Report on vaccination in Madras 1895-1903 - 1895-1903
Year: 1895
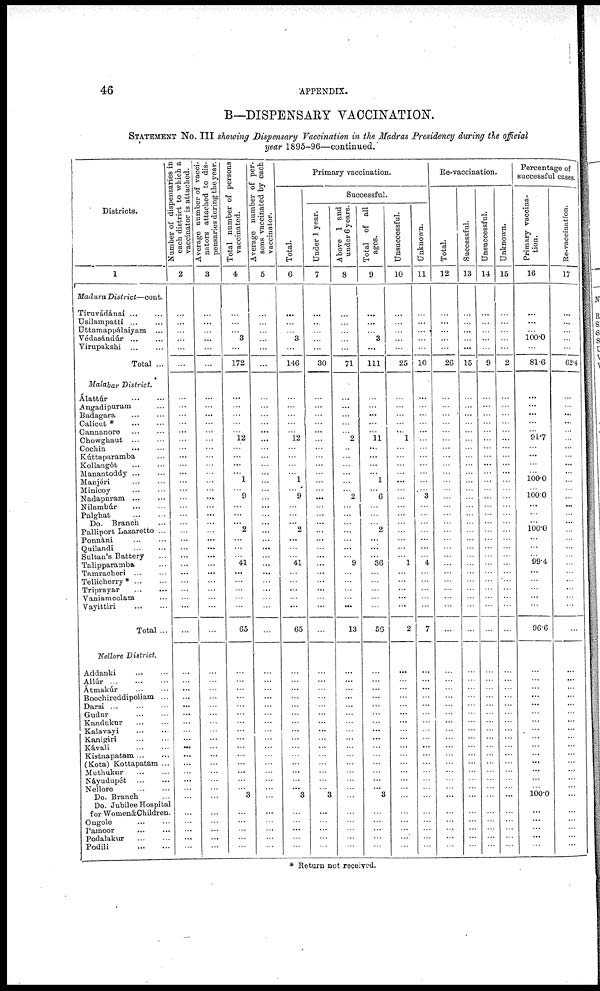
46
APPENDIX.
B—DISPENSARY VACCINATION.
STATEMENT No. III showing Dispensary Vaccination in the Madras Presidency during the official
year 1895-96—continued.
Districts.
1
Madura District—cont.
Tiruvádánai ... ...
Usilampatti ... ...
Uttamappálaiyam ...
Védasándúr ... ...
Virupakshi
...
...
Total ...
Malabar District.
Álattúr
...
...
Angadipuram ...
Badagara
...
...
Calicut *
...
...
Cannanore ... ...
Chowghaut
...
...
Cochin
...
...
Kúttaparamba ...
Kollangót
...
...
Manantoddy ...
Manjéri
...
...
Minicoy ... ...
Nadapuram ... ...
Nilambúr
...
...
Palghat
...
...
Do. Branch ...
Palliport Lazaretto ...
Ponnáni ... ...
Quilandi
...
...
Sultan's Battery ...
Talipparamba ...
Tamracheri
...
...
Tellicherry* ... ...
Triprayar
...
...
Vaniamcolam ...
Vayittiri
...
...
Total ...
Nellore District.
Addanki
...
...
Allúr
...
...
...
Átmakúr
...
...
Boochireddipoliam ...
Darsi ... ... ...
Gudur
...
...
Kandukur
...
...
Kalavayi
...
...
Kanigiri
...
...
Kávali
...
...
Kistnapatam ... ...
(Kota) Kottapatam ...
Muthukur
...
...
Náyudupét
...
...
Nellore ... ...
Do. Branch ...
Do. Jubilee Hospital
for Women&Children.
Ongole ... ...
Pamoor
...
...
Podalakur
...
...
Podili
...
...
Number of dispensaries in
each district to which a
vaccinator is attached.
2
...
...
...
...
...
...
...
...
...
...
...
...
...
...
...
...
...
...
...
...
...
... ...
...
...
...
...
...
...
...
...
...
...
...
...
...
...
...
...
...
...
...
...
...
...
...
...
...
...
...
...
...
...
...
Average number of vacci-
nators attached to dis-
pensaries during the year.
3
...
...
...
...
...
...
...
...
...
...
...
...
...
...
...
...
...
...
...
...
...
...
...
...
...
...
...
...
...
...
...
...
...
...
...
...
...
...
...
...
...
...
...
...
...
...
...
...
...
...
...
...
...
...
Total number of persons
vaccinated.
4
...
...
...
3
...
172
...
...
...
...
... 12
...
...
...
...
1
... 9
...
...
... 2
...
...
... 41
...
...
...
...
...
65
...
...
...
...
...
...
...
...
...
...
...
...
...
...
... 3
...
...
...
...
...
Average number of per-
sons vaccinated by each
vaccinator.
5
...
...
...
...
...
...
...
...
...
...
...
...
...
...
...
...
...
...
...
...
...
...
...
...
...
...
...
...
...
...
...
...
...
...
...
...
...
...
...
...
...
...
...
...
...
...
...
...
...
...
...
...
...
...
Primary vaccination.
Total.
6
...
...
...
3
...
146
...
...
...
...
... 12
...
...
...
...
1
...
9
...
...
... 2
...
...
... 41
...
...
...
...
...
65
...
...
...
...
...
...
...
...
...
...
...
...
...
...
... 3
...
...
...
...
...
Successful.
Under 1 year.
7
...
...
...
...
...
30
...
...
...
...
...
...
...
...
...
...
...
...
...
...
...
...
...
...
...
...
...
...
...
...
...
...
...
...
...
...
...
...
...
...
...
...
...
...
...
...
...
... 3
...
...
...
...
...
Above 1 and
under 6 years.
8
...
...
...
...
...
71
...
...
...
...
... 2
..
...
...
...
...
... 2
...
...
... ...
...
...
... 9
...
...
...
...
...
13
...
...
...
...
...
...
...
...
...
...
...
...
...
...
...
...
...
...
...
...
...
Total of all
ages.
9
...
...
...
3
...
111
...
...
...
...
... 11
...
...
...
...
1
... 6
...
...
... 2
...
...
... 36
...
...
...
...
...
56
...
...
...
...
...
...
...
...
...
...
...
...
...
...
... 3
...
...
...
...
...
Unsuccessful.
10
...
...
...
...
...
25
...
...
...
...
...
1
...
...
...
...
...
...
...
...
...
...
...
...
...
... 1
...
...
...
...
...
2
...
...
...
...
...
...
...
...
...
...
...
...
...
...
...
...
...
...
...
...
...
Unknown.
11
...
...
...
...
...
10
...
...
...
...
...
...
...
...
...
...
...
... 3
...
...
...
...
...
...
... 4
...
...
...
...
...
7
...
...
...
...
...
...
...
...
...
...
...
...
...
...
...
...
...
...
...
...
...
Re-vaccination.
Total.
12
...
...
...
...
...
26
...
...
...
...
...
...
...
...
...
...
...
...
...
...
...
...
...
...
...
...
...
...
...
...
...
...
...
...
...
...
...
...
...
...
...
...
...
...
...
...
...
... ...
...
...
...
...
...
Successful.
13
...
...
...
...
...
15
...
...
...
...
...
...
...
...
...
...
...
...
...
...
...
...
...
...
...
...
...
...
...
...
...
...
...
...
...
...
...
...
...
...
...
...
...
...
...
...
...
...
...
...
...
...
...
...
Unsuccessful.
14
...
...
...
...
...
9
...
...
...
...
...
...
...
...
...
...
...
...
...
...
...
...
...
...
...
...
...
...
...
...
...
...
...
...
...
...
...
...
...
...
...
...
...
...
...
...
...
...
...
...
...
...
...
...
Unknown.
15
...
...
...
...
...
2
...
...
...
...
...
...
...
...
...
...
...
...
...
...
...
...
...
...
...
...
...
...
...
...
...
...
...
...
...
...
...
...
...
...
...
...
...
...
...
...
...
...
...
...
...
...
...
...
Percentage of
successful cases.
Primary vaccina-
tion.
16
...
...
...
100.0
...
81.6
...
...
...
...
... 91.7
...
...
...
...
100.0
... 100.0
...
...
...
100.0
...
...
... 99.4
...
...
...
...
...
96.6
...
...
...
...
...
...
...
...
...
...
...
...
...
...
... 100.0
...
...
...
...
...
Re-vaccination.
17
...
...
...
...
...
62.4
...
...
...
...
...
...
...
...
...
...
...
...
...
...
...
...
...
...
...
...
...
...
...
...
...
...
...
...
...
...
...
...
...
...
...
...
...
...
...
...
...
... ...
...
...
...
...
...
* Return not received.